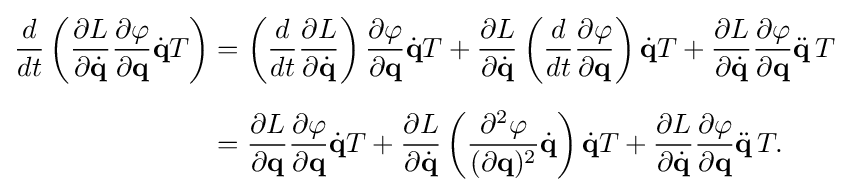
{\begin{aligned}{\frac {d}{dt}}\left({\frac {\partial L}{\partial {\dot {\mathbf {q} }}}}{\frac {\partial \varphi }{\partial \mathbf {q} }}{\dot {\mathbf {q} }}T\right)&=\left({\frac {d}{dt}}{\frac {\partial L}{\partial {\dot {\mathbf {q} }}}}\right){\frac {\partial \varphi }{\partial \mathbf {q} }}{\dot {\mathbf {q} }}T+{\frac {\partial L}{\partial {\dot {\mathbf {q} }}}}\left({\frac {d}{dt}}{\frac {\partial \varphi }{\partial \mathbf {q} }}\right){\dot {\mathbf {q} }}T+{\frac {\partial L}{\partial {\dot {\mathbf {q} }}}}{\frac {\partial \varphi }{\partial \mathbf {q} }}{\ddot {\mathbf {q} }}\,T\\[6pt]&={\frac {\partial L}{\partial \mathbf {q} }}{\frac {\partial \varphi }{\partial \mathbf {q} }}{\dot {\mathbf {q} }}T+{\frac {\partial L}{\partial {\dot {\mathbf {q} }}}}\left({\frac {\partial ^{2}\varphi }{(\partial \mathbf {q} )^{2}}}{\dot {\mathbf {q} }}\right){\dot {\mathbf {q} }}T+{\frac {\partial L}{\partial {\dot {\mathbf {q} }}}}{\frac {\partial \varphi }{\partial \mathbf {q} }}{\ddot {\mathbf {q} }}\,T.\end{aligned}}